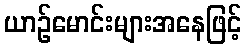
ယာဉ်မောင်းများအနေဖြင့်